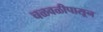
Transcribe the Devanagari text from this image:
चळवळीपासून